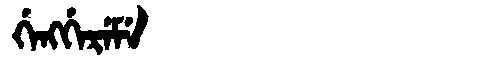
Manchu: ᡤᡝᠩᡤᡝᡵᡝᠮᡝ
Romanization: GENGGEREME